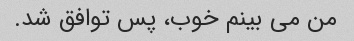
من می بینم خوب، پس توافق شد.